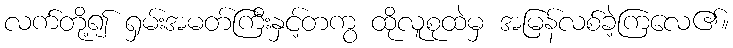
လက်တို့၍ ရှမ်းအမတ်ကြီးနှင့်တကွ ထိုလူစုထဲမှ အမြန်လစ်ခဲ့ကြလေ၏။